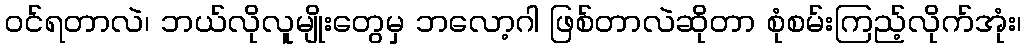
ဝင်ရတာလဲ၊ ဘယ်လိုလူမျိုးတွေမှ ဘလော့ဂါ ဖြစ်တာလဲဆိုတာ စုံစမ်းကြည့်လိုက်အုံး၊